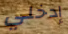
إدخلي